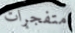
متفجرات